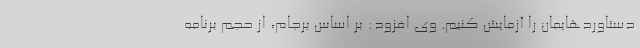
دستاوردهایمان را آزمایش کنیم. وی افزود: بر اساس برجام، از حجم برنامه